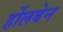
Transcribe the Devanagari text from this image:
र्होलबेन